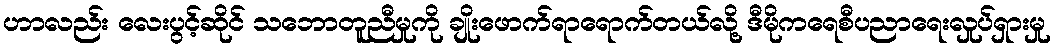
ဟာလည်း လေးပွင့်ဆိုင် သဘောတူညီမှုကို ချိုးဖောက်ရာရောက်တယ်လို့ ဒီမိုကရေစီပညာရေးလှုပ်ရှားမှု